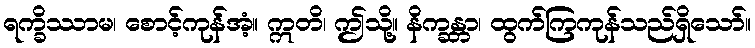
ရက္ခိဿာမ၊ စောင့်ကုန်အံ့။ ဣတိ၊ ဤသို့။ နိက္ခန္တာ၊ ထွက်ကြကုန်သည်ရှိသော်။